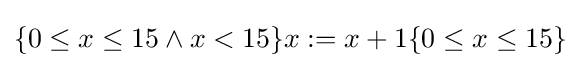
\{0\leq x\leq 15\wedge x<15\}x:=x+1\{0\leq x\leq 15\}